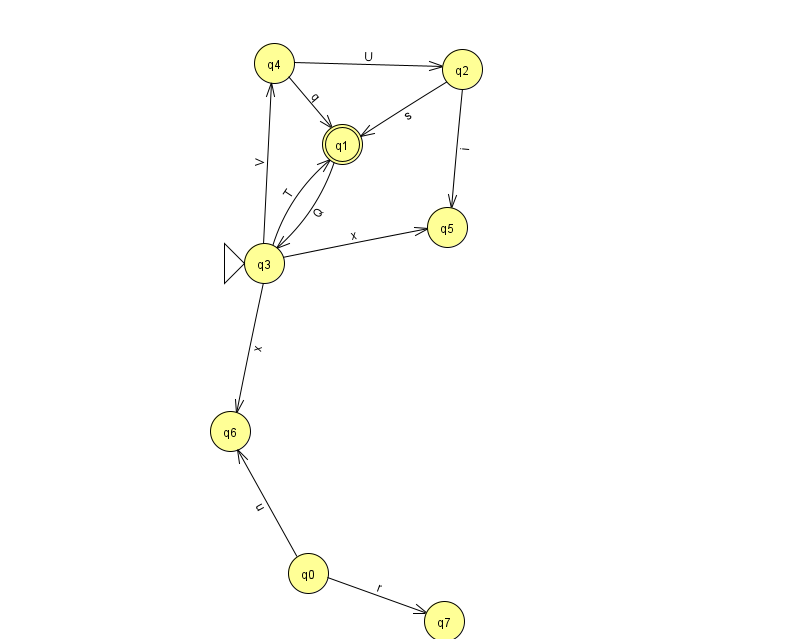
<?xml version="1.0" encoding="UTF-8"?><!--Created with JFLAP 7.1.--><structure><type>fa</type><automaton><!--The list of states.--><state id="0" name="q0"><x>308.0</x><y>560.0</y></state><state id="1" name="q1"><x>342.0</x><y>131.0</y><final/></state><state id="2" name="q2"><x>462.0</x><y>56.0</y></state><state id="3" name="q3"><x>264.0</x><y>250.0</y><initial/></state><state id="4" name="q4"><x>274.0</x><y>50.0</y></state><state id="5" name="q5"><x>447.0</x><y>214.0</y></state><state id="6" name="q6"><x>230.0</x><y>418.0</y></state><state id="7" name="q7"><x>444.0</x><y>608.0</y></state><!--The list of transitions.--><transition><from>4</from><to>1</to><read>q</read></transition><transition><from>4</from><to>2</to><read>U</read></transition><transition><from>2</from><to>5</to><read>i</read></transition><transition><from>2</from><to>1</to><read>s</read></transition><transition><from>3</from><to>5</to><read>x</read></transition><transition><from>1</from><to>3</to><read>Q</read></transition><transition><from>0</from><to>6</to><read>u</read></transition><transition><from>3</from><to>6</to><read>x</read></transition><transition><from>0</from><to>7</to><read>r</read></transition><transition><from>3</from><to>4</to><read>V</read></transition><transition><from>3</from><to>1</to><read>T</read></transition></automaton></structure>